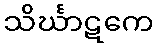
သိင်္ဃာဋကေ